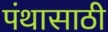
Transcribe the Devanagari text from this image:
पंथासाठी